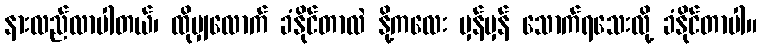
နားလည်လာပါတယ်၊ ထိုမျှလောက် ခံနိုင်တာလဲ နို့ကလေး မှန်မှန် သောက်ရသေးလို့ ခံနိုင်တာပါ။